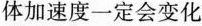
体加速度一定会变化